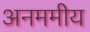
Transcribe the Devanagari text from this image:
अनममीय